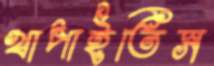
খাপাইতিস